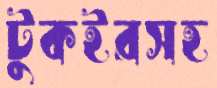
টুকইরসহ